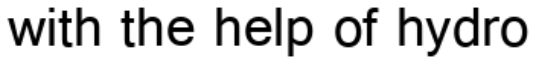
with the help of hydro